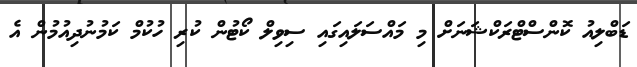
ޑަބްލިއު ކޮންސްޓްރަކްޝަނަށް މި މައްސަލައިގައި ސިވިލް ކޯޓުން ކުރި ހުކުމް ކަމުނުދިއުމުން އެ